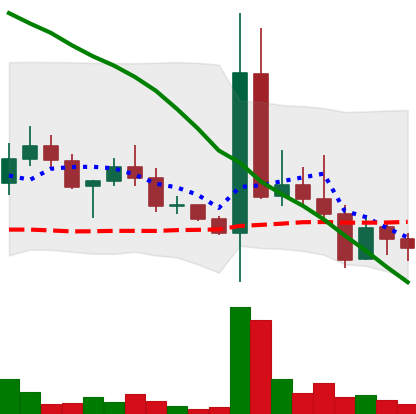
Ticker: DOGE-USD
Chart end date: 2022-05-03
Forward return: -4.102%
Label: down_3_5